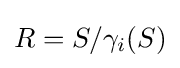
R=S/\gamma _{i}(S)